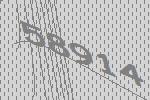
58914